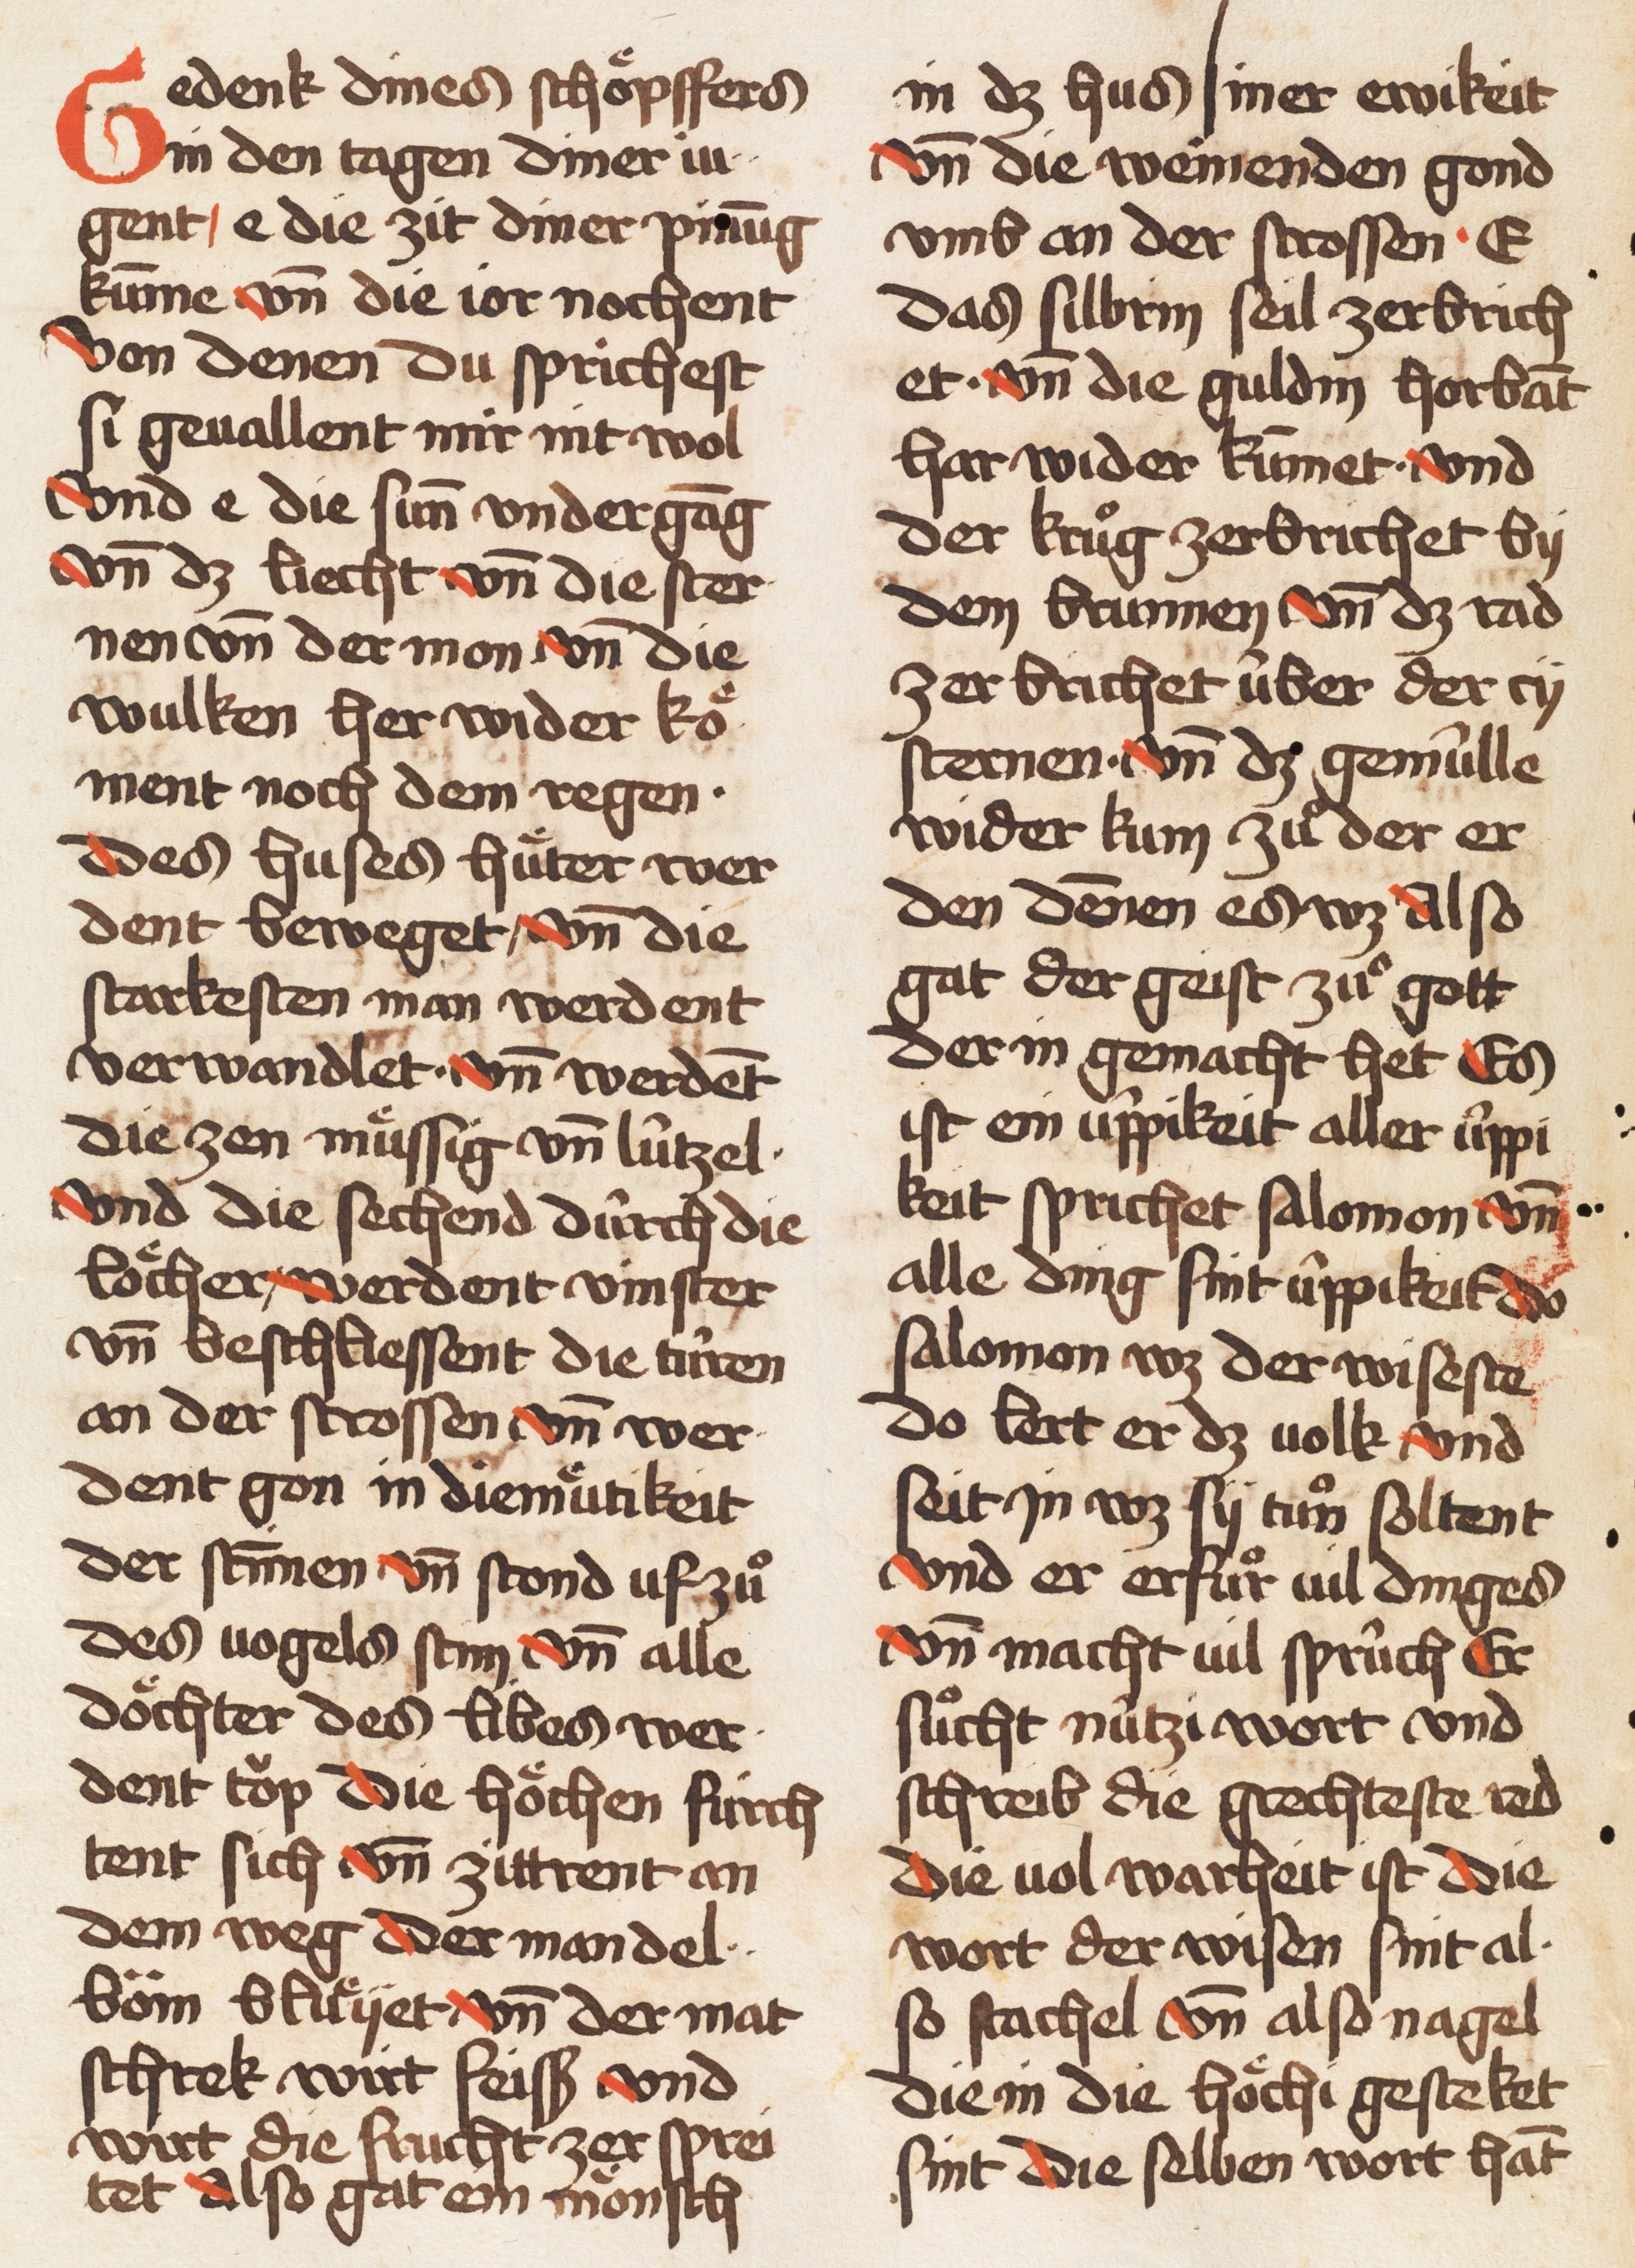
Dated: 1457–1457